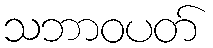
သဘာဝပတ်